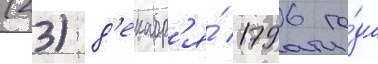
(23) д'екабр'я́ 1796 го́да